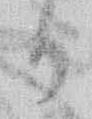
る